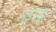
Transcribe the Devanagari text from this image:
गुड़ाकू